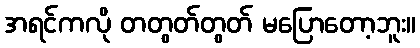
အရင်ကလို တတွတ်တွတ် မပြောတော့ဘူး။